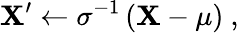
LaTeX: \mathbf{X}^{\prime}\leftarrow\sigma^{-1}\, (\mathbf{X}-\mu)~,